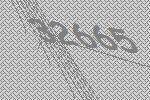
32665